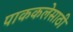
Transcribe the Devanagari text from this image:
पाककलेसाठी